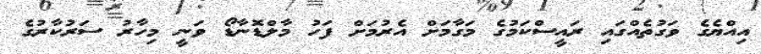
އިއްޔެގެ ވަގުތެއްގައި ރައީސްކަމުގެ މަގާމަށް އެރުމަށް ފަހު މާލްޑޮނާޑޯ ވަނީ މިހާރު ސަރުކާރުގެ